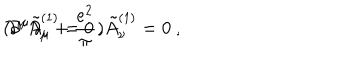
( \partial ^ { \mu } \partial _ { \mu } + { \frac { e ^ { 2 } } { \pi } } ) \tilde { A } _ { \nu } ^ { ( 1 ) } = 0 ~ , \hspace { 1 . 5 c m } \partial ^ { \mu } \tilde { A } _ { \mu } ^ { ( 1 ) } = 0 ~ ,